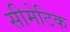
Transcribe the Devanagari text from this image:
सीमेटिक